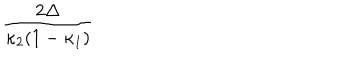
\frac { 2 \Delta } { \kappa _ { 2 } ( 1 - \kappa _ { 1 } ) }